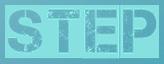
STEP